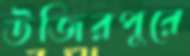
উজিরপুরে